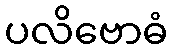
ပလိဗောဓံ